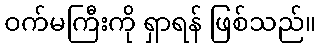
ဝက်မကြီးကို ရှာရန် ဖြစ်သည်။